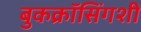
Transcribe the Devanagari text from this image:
बुकक्रॉसिंगशी